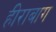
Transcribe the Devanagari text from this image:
हीराबाग